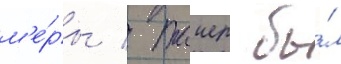
м'е́ры / таиер бы́л